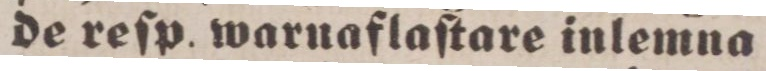
de reſp. warnaflaſtare inlemna